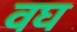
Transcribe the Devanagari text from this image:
वघ